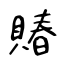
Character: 賰